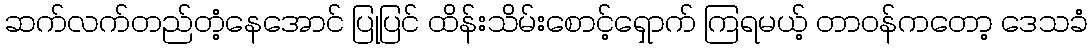
ဆက်လက်တည်တံ့နေအောင် ပြုပြင် ထိန်းသိမ်းစောင့်ရှောက် ကြရမယ့် တာဝန်ကတော့ ဒေသခံ